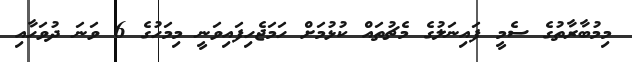
މިމުބާރާތުގެ ސެމީ ފައިނަލުގެ މެޗުތައް ކުޅުމަށް ހަމަޖެހިފައިވަނީ މިމަހުގެ 6 ވަނަ ދުވަހާއި